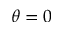
\theta = 0